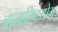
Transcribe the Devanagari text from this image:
बालारिष्टयोग